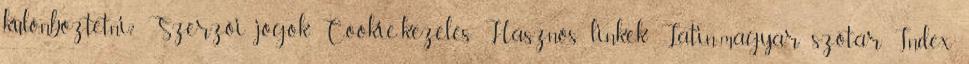
különböztetni? Szerzői jogok Cookie-kezelés Hasznos linkek Latin-magyar szótár Index